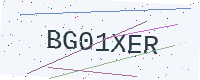
Text: BG01XER